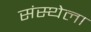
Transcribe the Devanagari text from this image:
संस्‍थ्‍ोला